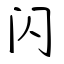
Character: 闪